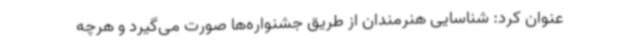
عنوان کرد: شناسایی هنرمندان از طریق جشنواره‌ها صورت می‌گیرد و هرچه